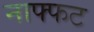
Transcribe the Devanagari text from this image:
नाफ्फट